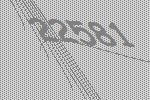
22581